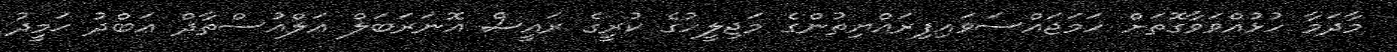
މާދަމާ ހުޅުއްވަވާގޮތަށް ހަމަޖައްސަވައިފިރައްޔިތުންގެ މަޖިލީހުގެ ކުރީގެ ރައީސް އޮނަރަބަލް އަލްއުސްތާޛް ޢަބްދު ޙަމީދު